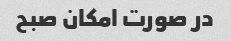
در صورت امکان صبح